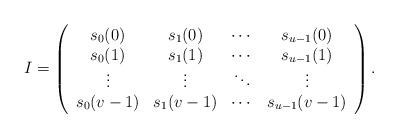
LaTeX: \begin{align*}I=\left(\begin{array}{cccc}s_{0}(0) & s_{1}(0) &\cdots &s_{u-1}(0)\\s_{0}(1) & s_{1}(1) &\cdots &s_{u-1}(1)\\\vdots & \vdots &\ddots &\vdots\\s_{0}(v-1) & s_{1}(v-1) &\cdots &s_{u-1}(v-1)\end{array}\right).\end{align*}